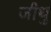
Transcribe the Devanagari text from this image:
जीथु